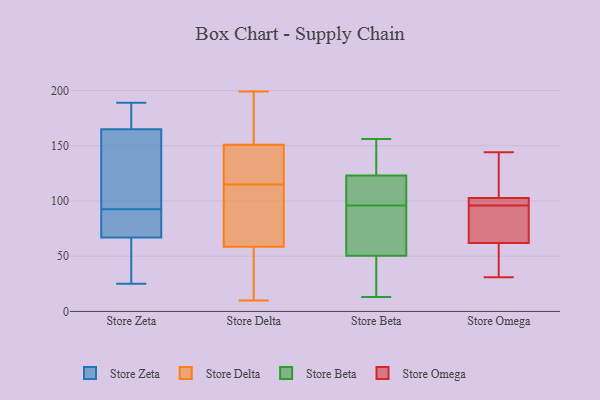
{"axis": {"x": "Satisfaction Score", "y": "Value"}, "legend": ["Store Beta", "Store Delta", "Store Omega", "Store Zeta"], "data": [{"x": "", "y": 72, "type": "Store Zeta"}, {"x": "", "y": 63, "type": "Store Zeta"}, {"x": "", "y": 173, "type": "Store Zeta"}, {"x": "", "y": 68, "type": "Store Zeta"}, {"x": "", "y": 25, "type": "Store Zeta"}, {"x": "", "y": 66, "type": "Store Zeta"}, {"x": "", "y": 75, "type": "Store Zeta"}, {"x": "", "y": 189, "type": "Store Zeta"}, {"x": "", "y": 175, "type": "Store Zeta"}, {"x": "", "y": 117, "type": "Store Zeta"}, {"x": "", "y": 49, "type": "Store Zeta"}, {"x": "", "y": 99, "type": "Store Zeta"}, {"x": "", "y": 121, "type": "Store Zeta"}, {"x": "", "y": 86, "type": "Store Zeta"}, {"x": "", "y": 188, "type": "Store Zeta"}, {"x": "", "y": 157, "type": "Store Zeta"}, {"x": "", "y": 192, "type": "Store Delta"}, {"x": "", "y": 32, "type": "Store Delta"}, {"x": "", "y": 187, "type": "Store Delta"}, {"x": "", "y": 10, "type": "Store Delta"}, {"x": "", "y": 76, "type": "Store Delta"}, {"x": "", "y": 48, "type": "Store Delta"}, {"x": "", "y": 199, "type": "Store Delta"}, {"x": "", "y": 115, "type": "Store Delta"}, {"x": "", "y": 139, "type": "Store Delta"}, {"x": "", "y": 137, "type": "Store Delta"}, {"x": "", "y": 62, "type": "Store Delta"}, {"x": "", "y": 129, "type": "Store Delta"}, {"x": "", "y": 70, "type": "Store Delta"}, {"x": "", "y": 13, "type": "Store Beta"}, {"x": "", "y": 124, "type": "Store Beta"}, {"x": "", "y": 13, "type": "Store Beta"}, {"x": "", "y": 123, "type": "Store Beta"}, {"x": "", "y": 117, "type": "Store Beta"}, {"x": "", "y": 96, "type": "Store Beta"}, {"x": "", "y": 86, "type": "Store Beta"}, {"x": "", "y": 55, "type": "Store Beta"}, {"x": "", "y": 49, "type": "Store Beta"}, {"x": "", "y": 123, "type": "Store Beta"}, {"x": "", "y": 156, "type": "Store Beta"}, {"x": "", "y": 99, "type": "Store Omega"}, {"x": "", "y": 37, "type": "Store Omega"}, {"x": "", "y": 98, "type": "Store Omega"}, {"x": "", "y": 76, "type": "Store Omega"}, {"x": "", "y": 96, "type": "Store Omega"}, {"x": "", "y": 71, "type": "Store Omega"}, {"x": "", "y": 144, "type": "Store Omega"}, {"x": "", "y": 59, "type": "Store Omega"}, {"x": "", "y": 31, "type": "Store Omega"}, {"x": "", "y": 141, "type": "Store Omega"}, {"x": "", "y": 104, "type": "Store Omega"}]}